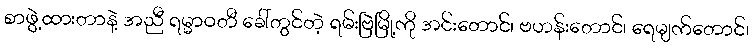
စာဖွဲ့ထားတာနဲ့ အညီ ရမ္မာဝတီ ခေါ်တွင်တဲ့ ရမ်းဗြဲမြို့ကို အင်းတောင်၊ ဗဟန်းတောင်၊ ရေမျက်တောင်၊